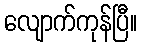
လျောက်ကုန်ပြီ။